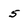
Character: 5